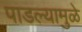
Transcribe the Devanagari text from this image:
पाडल्यामुळे